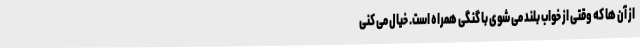
از آن ها که وقتی از خواب بلند می شوی با گنگی همراه است. خیال می کنی